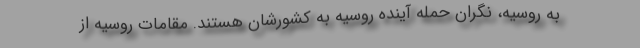
به روسیه، نگران حمله آینده روسیه به کشورشان هستند. مقامات روسیه از